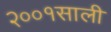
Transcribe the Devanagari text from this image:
२००१साली